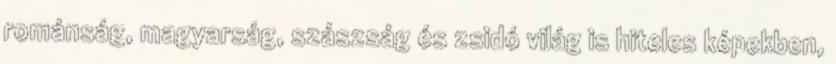
románság, magyarság, szászság és zsidó világ is hiteles képekben,